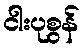
ငါးပုစွန်